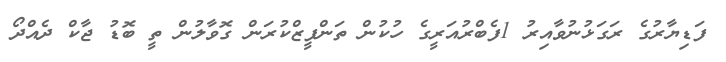
ފަޑިޔާރުގެ ރަގަޅުނުވާއިރު 1ފެބްރުއަރީގެ ހުކުން ތަންފީޒްކުރަން ގޮވާލުން ތީ ބޮޑު ޖާކް ދެއްދޯ